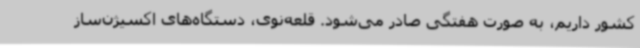
کشور داریم، به صورت هفتگی صادر می‌شود. قلعه‌نوی، دستگاه‌های اکسیژن‌ساز